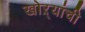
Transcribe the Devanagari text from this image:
खोऱ्यांची